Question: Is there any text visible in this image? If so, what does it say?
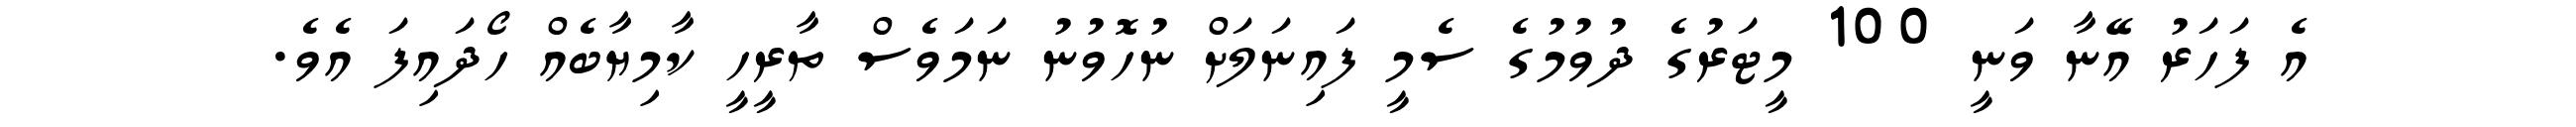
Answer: އެ ފަހަރު އޭނާ ވަނީ 100 މީޓަރުގެ ދުވުމުގެ ސެމީ ފައިނަލަށް ނުހޮވުނު ނަމަވެސް ތާރީހީ ކާމިޔާބެއް ހޯދައިފަ އެވެ.